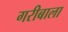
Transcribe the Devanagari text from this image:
गरीबाला